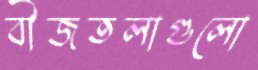
বীজতলাগুলো